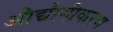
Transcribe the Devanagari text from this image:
औद्यौगीकरण